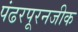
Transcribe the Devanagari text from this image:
पंढरपूरनजीक